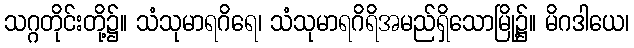
သဂ္ဂတိုင်းတို့၌။ သံသုမာရဂိရေ၊ သံသုမာရဂိရိအမည်ရှိသောမြို့၌။ မိဂဒါယေ၊